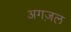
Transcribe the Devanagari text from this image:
अगज़ल